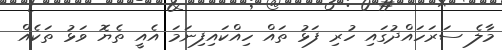
މާލެ ސަރަހައްދުގައި ހުރި ފަޅު ތައް ހިއްކައިފިނަމަ އެއީ ތެޔޮ ވަޅު ތަކެއް